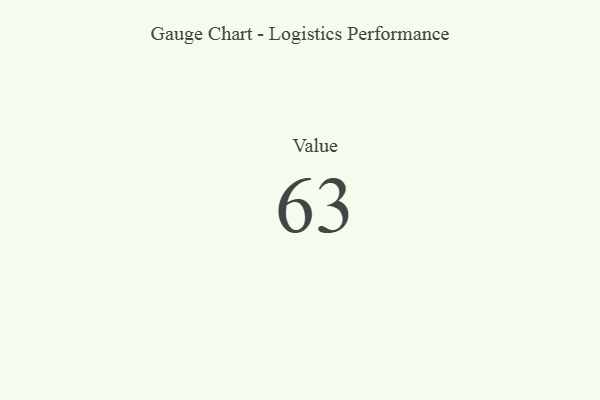
{"axis": {"x": "Metric", "y": "Value"}, "legend": [""], "data": [{"x": "Value", "y": 63, "type": ""}]}